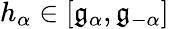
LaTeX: h_{\alpha}\in[{\mathfrak{g}}_{\alpha},{\mathfrak{g}}_{-\alpha}]